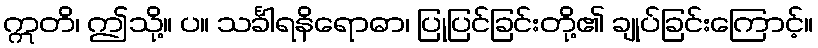
ဣတိ၊ ဤသို့။ ပ။ သင်္ခါရနိရောဓာ၊ ပြုပြင်ခြင်းတို့၏ ချုပ်ခြင်းကြောင့်။